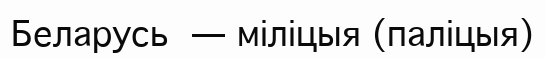
Беларусь — міліцыя (паліцыя)